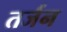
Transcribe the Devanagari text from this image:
तर्जन